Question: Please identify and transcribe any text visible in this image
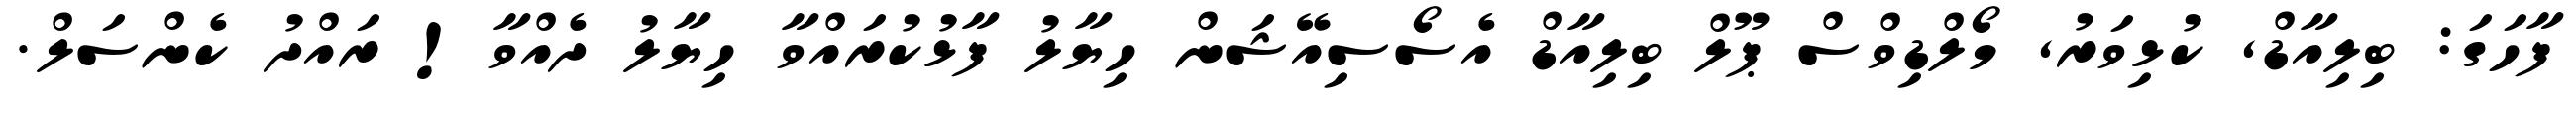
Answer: ފާހަގަ: ބިލިއާޑް, ކުޅިވަރު, މޯލްޑިވްސް ޕޫލް ބިލިއާޑް އެސޯސިއޭޝަން ހިޔާލު ފާޅުކުރައްވާ ހިޔާލު ދެއްވާ! ރައްދު ކެންސަލް.